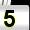
Digit: 5